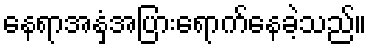
နေရာအနှံ့အပြားရောက်နေခဲ့သည်။